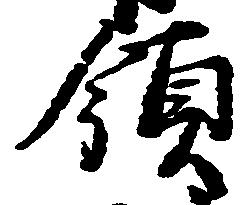
領